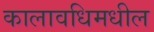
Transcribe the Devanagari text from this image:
कालावधिमधील